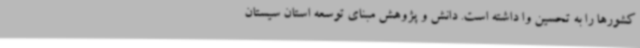
کشورها را به تحسین وا داشته است. دانش و پژوهش مبنای توسعه استان سیستان